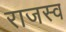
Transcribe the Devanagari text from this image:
राजस्व